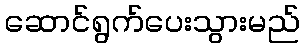
ဆောင်ရွက်ပေးသွားမည်